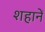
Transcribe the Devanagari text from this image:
शहानें